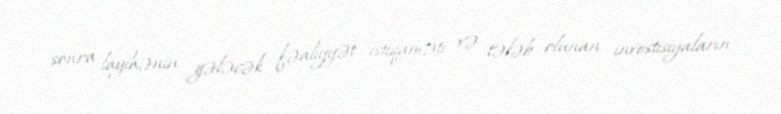
sonra layihənin gələcək fəaliyyət istiqaməti və tələb olunan investisiyaların